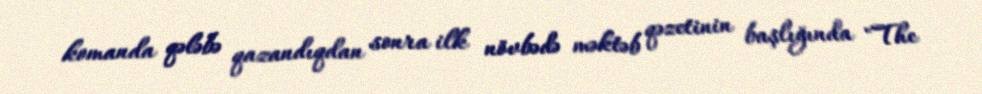
komanda qələbə qazandıqdan sonra ilk növbədə məktəb qəzetinin başlığında "The